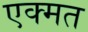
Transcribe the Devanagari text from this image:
एक्मत